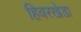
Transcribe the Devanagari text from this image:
हिवरखेडा